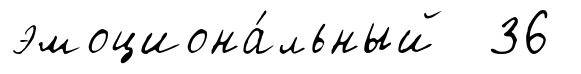
эмоциона́льный 36